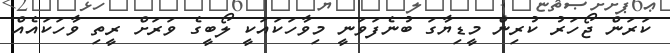
ކަރަން ޖޯހަރު ކުރިން މީޑިޔާގަ ބުނެފަވަނީ މިވާހަކައަކީ ލޯބީގެ ވަރަށް ރީތި ވާހަކައެއް